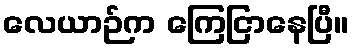
လေယာဉ်က ကြေငြာနေပြီ။